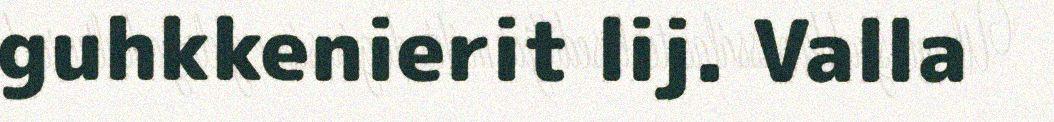
guhkkenierit lij. Valla